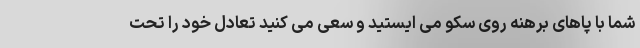
شما با پاهای برهنه روی سکو می ایستید و سعی می کنید تعادل خود را تحت